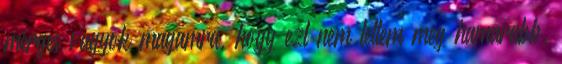
mérges vagyok magamra, hogy ezt nem tettem meg hamarabb.